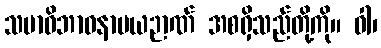
သမာဓိဘာဝနာမယဉာဏ် အစရှိသည်တို့ကို။ ဝါ၊